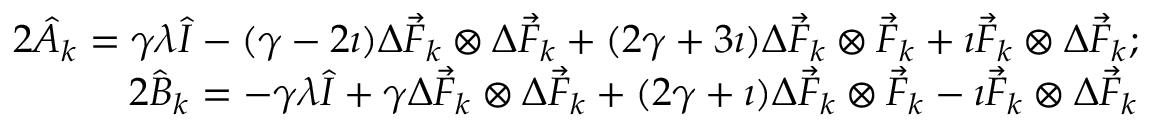
\begin{array} { r l r } & { } & { 2 \hat { A } _ { k } = \gamma \lambda \hat { I } - ( \gamma - 2 \imath ) \Delta \vec { F } _ { k } \otimes \Delta \vec { F } _ { k } + ( 2 \gamma + 3 \imath ) \Delta \vec { F } _ { k } \otimes \vec { F } _ { k } + \imath \vec { F } _ { k } \otimes \Delta \vec { F } _ { k } ; } \\ & { } & { 2 \hat { B } _ { k } = - \gamma \lambda \hat { I } + \gamma \Delta \vec { F } _ { k } \otimes \Delta \vec { F } _ { k } + ( 2 \gamma + \imath ) \Delta \vec { F } _ { k } \otimes \vec { F } _ { k } - \imath \vec { F } _ { k } \otimes \Delta \vec { F } _ { k } } \end{array}